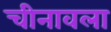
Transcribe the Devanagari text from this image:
चीनावला